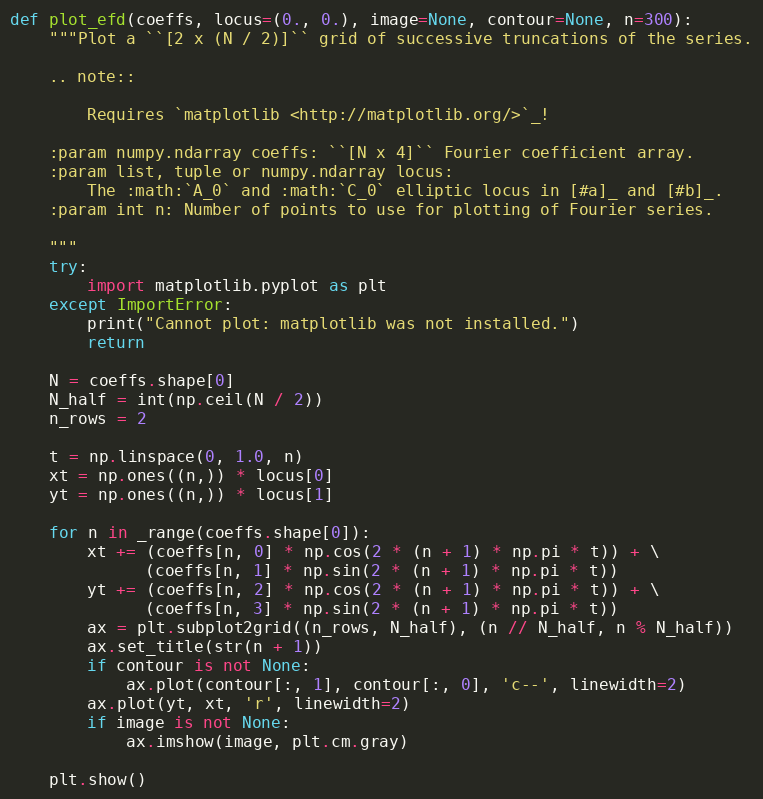
Language: Python
def plot_efd(coeffs, locus=(0., 0.), image=None, contour=None, n=300):
    """Plot a ``[2 x (N / 2)]`` grid of successive truncations of the series.

    .. note::

        Requires `matplotlib <http://matplotlib.org/>`_!

    :param numpy.ndarray coeffs: ``[N x 4]`` Fourier coefficient array.
    :param list, tuple or numpy.ndarray locus:
        The :math:`A_0` and :math:`C_0` elliptic locus in [#a]_ and [#b]_.
    :param int n: Number of points to use for plotting of Fourier series.

    """
    try:
        import matplotlib.pyplot as plt
    except ImportError:
        print("Cannot plot: matplotlib was not installed.")
        return

    N = coeffs.shape[0]
    N_half = int(np.ceil(N / 2))
    n_rows = 2

    t = np.linspace(0, 1.0, n)
    xt = np.ones((n,)) * locus[0]
    yt = np.ones((n,)) * locus[1]

    for n in _range(coeffs.shape[0]):
        xt += (coeffs[n, 0] * np.cos(2 * (n + 1) * np.pi * t)) + \
              (coeffs[n, 1] * np.sin(2 * (n + 1) * np.pi * t))
        yt += (coeffs[n, 2] * np.cos(2 * (n + 1) * np.pi * t)) + \
              (coeffs[n, 3] * np.sin(2 * (n + 1) * np.pi * t))
        ax = plt.subplot2grid((n_rows, N_half), (n // N_half, n % N_half))
        ax.set_title(str(n + 1))
        if contour is not None:
            ax.plot(contour[:, 1], contour[:, 0], 'c--', linewidth=2)
        ax.plot(yt, xt, 'r', linewidth=2)
        if image is not None:
            ax.imshow(image, plt.cm.gray)

    plt.show()